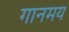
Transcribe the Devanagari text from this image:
गानमय